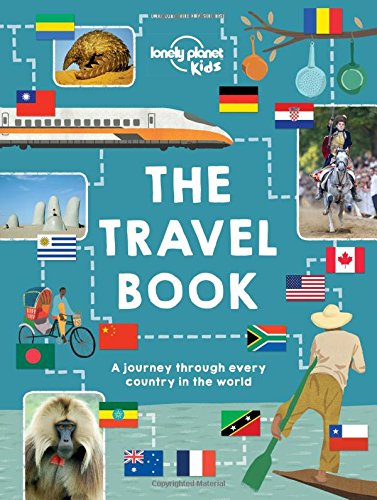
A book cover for The Lonely Planet Kids Travel Book: Mind-Blowing Stuff on Every Country in the World; Lonely Planet Kids; Children's Books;